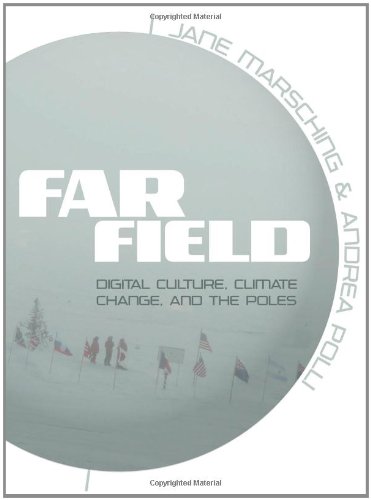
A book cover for Far Field: Digital Culture, Climate Change, and the Poles; Science & Math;